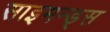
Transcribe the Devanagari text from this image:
साइमन्ड्स